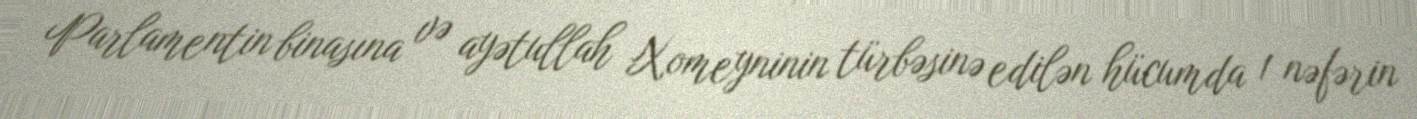
Parlamentin binasına və ayətullah Xomeyninin türbəsinə edilən hücumda 1 nəfərin